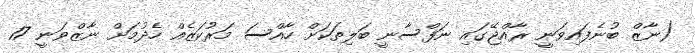
(ނާޒް ބުނެފައިވަނީ ރާއްޖޭގައި ނަފްސާނީ ބަލިތަކަށް ހާއްސަ މަރުކަޒެއް ހެދުމަށް ނާޒްވަނީ 17